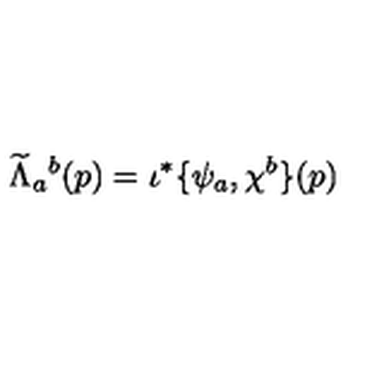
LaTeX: \widetilde \Lambda _ { a } { } ^ { b } ( p ) = \iota ^ { * } \{ \psi _ { a } , \chi ^ { b } \} ( p )